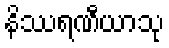
နိဿရဏီယာသု